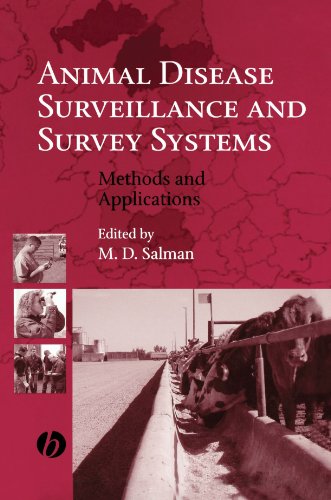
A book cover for Animal Disease Surveillance and Survey Systems: Methods and Applications; Medical Books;